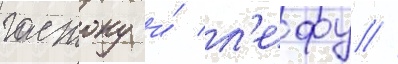
гастону и́ л'ефу //